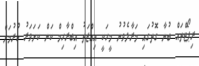
ރިޕޯޓްތައް ބުނާ ގޮތުގައި މަރާލެވުނު މީހަކީ އިއްޒަތު އިބްރާހިމް ކަން ކަށަވަރު ކުރުމަށް